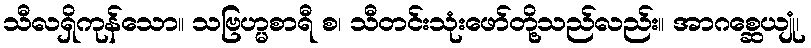
သီလရှိကုန်သော။ သဗြဟ္မစာရီ စ၊ သီတင်းသုံးဖော်တို့သည်လည်း။ အာဂစ္ဆေယျုံ၊